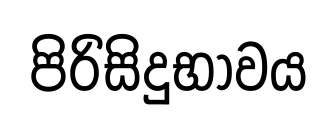
පිරිසිදුභාවය